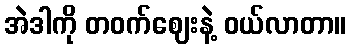
အဲဒါကို တဝက်ဈေးနဲ့ ဝယ်လာတာ။